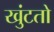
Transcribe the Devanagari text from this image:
खुंटतो